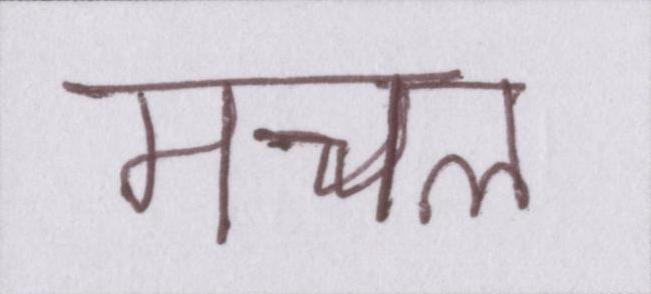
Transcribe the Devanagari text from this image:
मचल